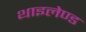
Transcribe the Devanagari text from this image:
थाइलेण्ड